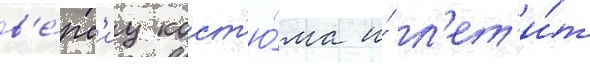
в'е́рс'иу кост'ю́ма и́ л'ет'и́т